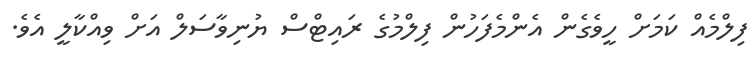
ފިލްމެއް ކަމަށް ހީވެގެން އެންމެފަހުން ފިލްމުގެ ރައިޓްސް ޔުނިވާސަލް އަށް ވިއްކާލީ އެވެ.